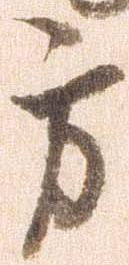
方